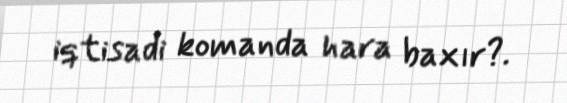
iqtisadi komanda hara baxır?.